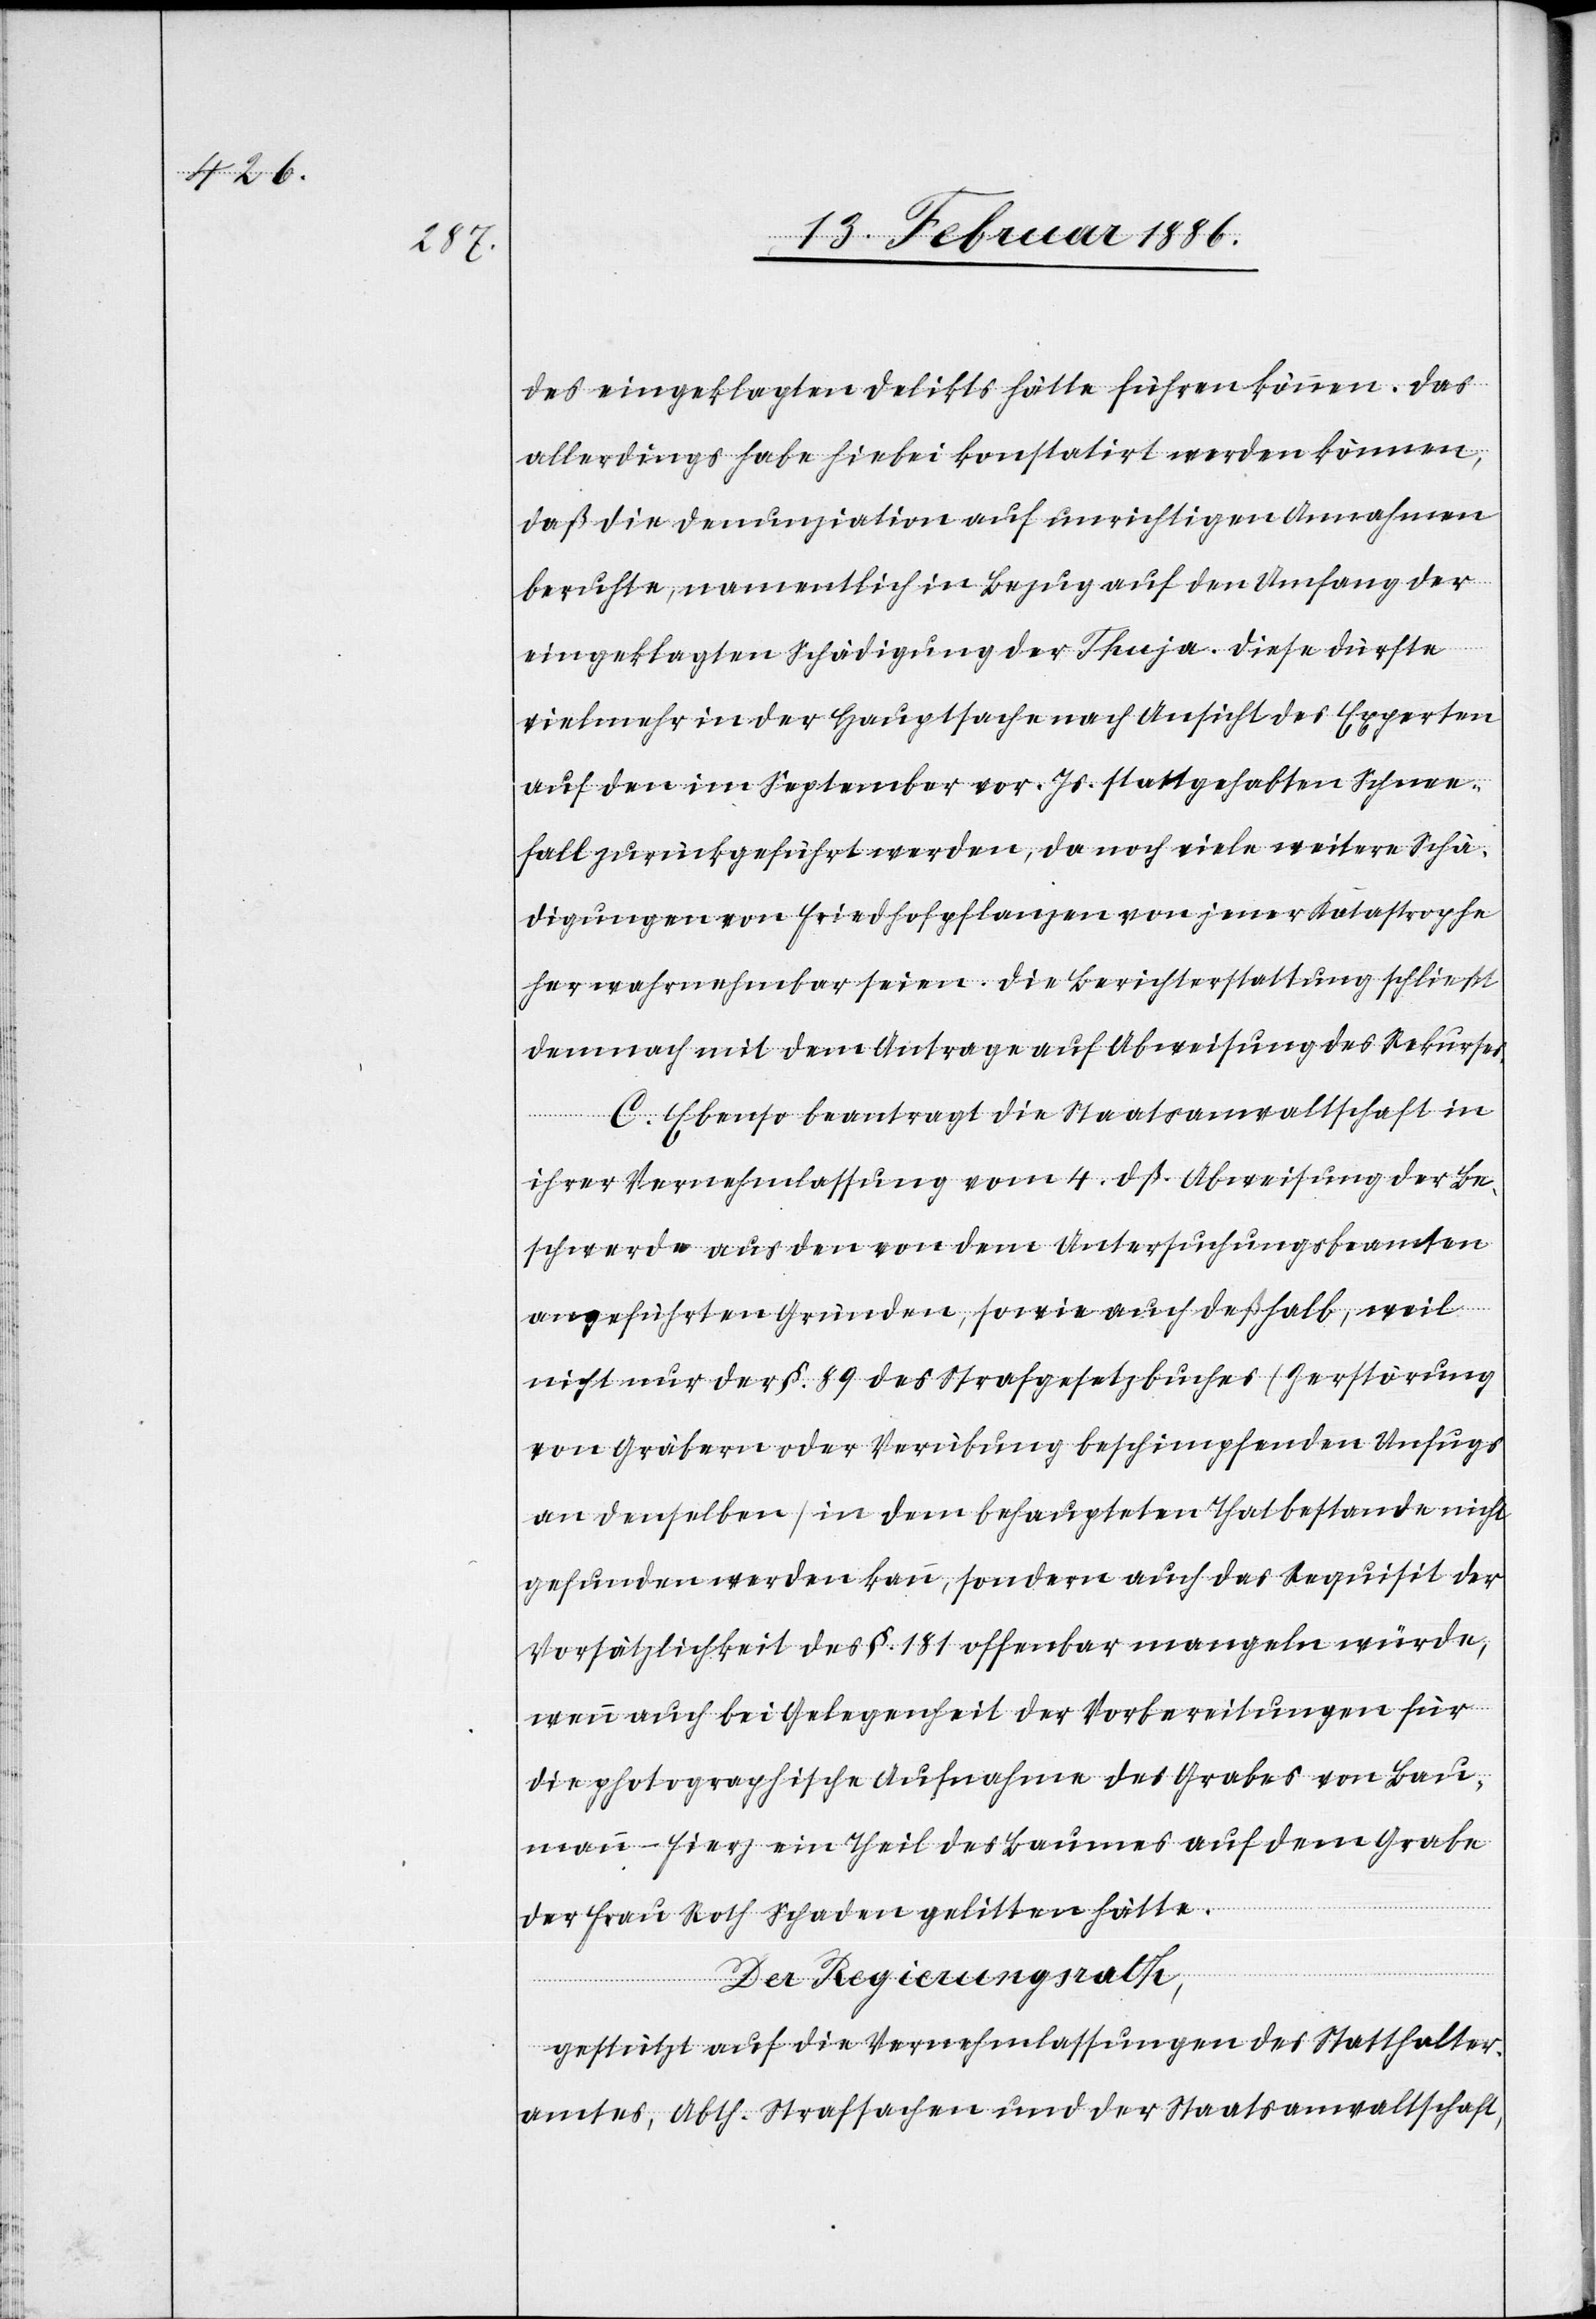
des eingeklagten Deliktes hätte führen können. Das
allerdings habe hiebei konstatirt werden können,
daß die Denunziation auf unrichtiger Annahme
beruhte, namentlich in Bezug auf den Umfang der
eingeklagten Schädigung der Thuja. Diese dürfte
vielmehr in der Hauptsache nach Ansicht des Experten
auf den im September vor. Js. stattgehabten Schnee¬
fall zurückgeführt werden, da noch viele weitere Schä¬
digungen von Friedhofpflanzen von jener Katastrophe
wahrnehmbar seien. Die Berichterstattung schließt
demnach mit dem Antrage auf Abweisung des Rekurses.
C. Ebenso beantragt die Staatsanwaltschaft in
ihrer Vernehmlassung vom 4. dß. Abweisung der Be¬
schwerde aus den von dem Untersuchungsbeamten
angeführten Gründen, sowie auch deßhalb, weil
nicht nur der §. 89 des Strafgesetzbuches (Zerstörung
von Gräbern oder Verübung beschimpfenden Unfugs
an denselben) in dem behaupteten Thatbestande nicht
gefunden werden kann, sondern auch der Requisit der
Vorsätzlichkeit des §. 181 offenbar mangeln würde,
wenn auch bei Gelegenheit der Vorbereitungen für
die photographische Aufnahme des Grabes von Bau¬
mann-Fierz ein Theil des Baumes auf dem Grabe
der Frau Roth Schaden gelitten hätte.
Der Regierungsrath,
gestützt auf die Vernehmlassung des Statthalter¬
amtes, Abth. Strafsachen und der Staatsanwaltschaft,